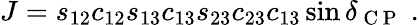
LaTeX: J=s_{12}c_{12}s_{13}c_{13}s_{23}c_{23}c_{13}\sin\delta_{\mathrm{~C~P~}}\; .